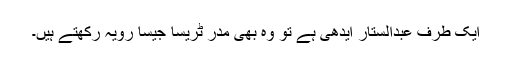
ایک طرف عبدالستار ایدھی ہے تو وہ بھی مدر ٹریسا جیسا رویہ رکھتے ہیں۔